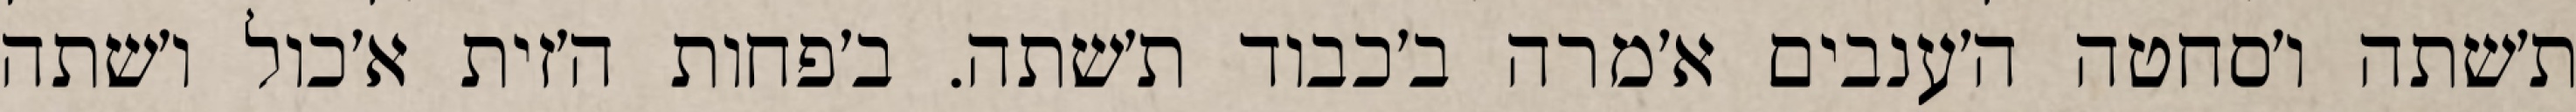
ת׳שתה ו׳סחטה ה׳ענבים א׳מרה ב׳כבוד ת׳שתה. ב׳פחות ה׳זית א׳כול ו׳שתה